Tezpur Lunatic Asylum reports 1877-1894 - 1877-1894
Year: 1877
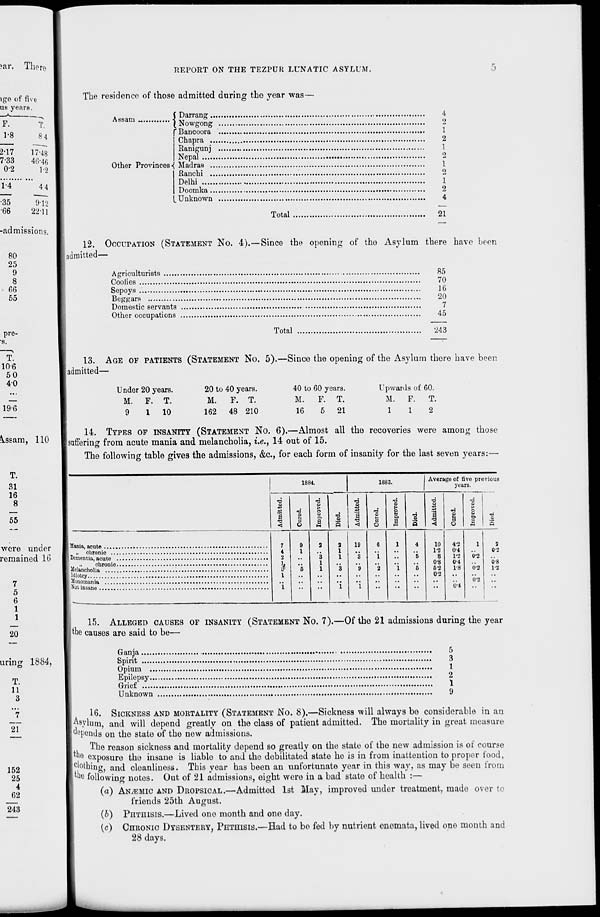
mr. Tim re
REPORT ON THE TEZPUR LUNATIC ASYLUM.
ige of fi Vf
UK years \.
F.
T.
1-8
8 4
2-17
17-48
7-33
46-4r,
0-2
1-2
1-4
44
——
•35
9-12
•66
22-11
-admissions.
80
25
9
8
66
55
The residence of those admitted during the year was—
Assam.
< Darrang..
( Nowgong
" Bancoora
Chapra ..
Ranigunj
Nepal
Other Provinces •{ Madras ..
Ranchi ..
Delhi
Doomka..
_ Unknown
Total
4
2
1
2
1
2
1
o
1
2
4
21
pre-
12. OCCUPATION (STATEMENT NO. 4).—Since the opening of tho Asylum there have been
admitted—
Agriculturists
85
Coolies
70
Sepoys
16
Beggars
20
Domestic servants
7
Other occupations
45
Total
243
T.
106
50
4-0
19-6
tasam, 110
T.
31
16
8
55
were under
remained 16
7
5
6
1
1
20
uring 1884,
T.
11
3
21
152
25
4
62
243
13. AGE OF PATIENTS (STATEMENT NO. 5).—Since the opening of the Asylum there have been
[admitted—
Under 20 years.
M. F. T.
9
1
10
20 to 40 years.
M.
F. T.
162 48 210
40 to 60 years.
M.
F. T.
16
5 21
Upwards of 60.
M.
F.
T.
1
1
2
14. TYPES OP INSANITY (STATEMENT NO. 6).—Almost all the recoveries were among those
(suffering from acute mania and melancholia, i.e., 14 out of 15.
The following table gives the admissions, &c, for each form of insanity for the last seven years:—
1884.
1883.
Average of five previous
years.
73
a
-a
<
73
o
H
73
>
2
P.
a
73
S
s
73
1
73
<
73
o
73
s > o
a
i a
73
0
1
73
<
73
S
3
O
73
>
0
0.
a
73
Q
7
4
2
i
i
9
1
h
2
*3
1
1
2
1
1
*3
i
19
*3
b
"l
6
i
2
I
'i
4
'5
6
10
1-2
8
0-8
6-2
02
4-2
0-4
1-2
0-4
1-8
0-4
1
0-2
0-2
0-2
2
0-2
0'8
1-2
15. ALLEGED CAUSES OF INSANITY (STATEMENT NO. 7).—Of the 21 admissions during the year
I the causes are said to be—
Ganja
,
>
5
Spirit
3
Opium
1
Epilepsy
2
Grief
1
Unknown
9
16. SICKNESS AND MORTALITY (STATEMENT NO. 8).—Sickness will always be considerable in an
|A s ylum, and will depend greatly on the class of patient admitted. The mortality in great measure
'Spends on the state of the new admissions.
The reason sickness and mortality depend so greatly on the state of the new admission is of course
the exposure the insane is liable to and the debilitated state he is in from inattention to proper food,
jclothing, and cleanliness. This year has been an unfortunate year in this way, as may be seen from
^e following notes. Out of 21 admissions, eight wore in a bad state of health :—
(a) AN/EMic AND DROPSICAL.—Admitted 1st May, improved under treatment, made over to
friends 25th August.
(o) PHTHISIS.—Lived one month and one day.
(c) CHRONIC DYSENTERY, PHTHISIS.—Had to bo fed by nutrient enomata, lived one month and
28 days.